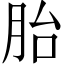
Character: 胎